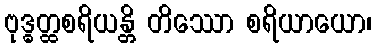
ဗုဒ္ဓတ္ထစရိယန္တိ တိဿော စရိယာယော၊